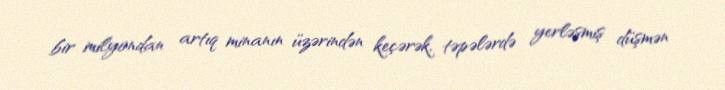
bir milyondan artıq minanın üzərindən keçərək, təpələrdə yerləşmiş düşmən